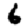
Digit: 6